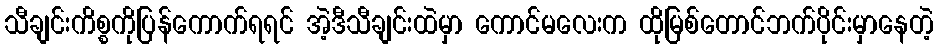
သီချင်းကိစ္စကိုပြန်ကောက်ရရင် အဲ့ဒီသီချင်းထဲမှာ ကောင်မလေးက ထိုမြစ်တောင်ဘက်ပိုင်းမှာနေတဲ့